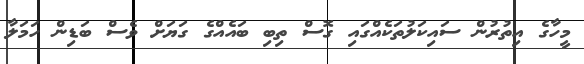
މީހާގެ އިތުރުން ސައިކަލުތަކެއްގައި ގޮސް ތިބި ބައެއްގެ ގަޔަށް ވެސް ބަޑިން ހަމަލާ